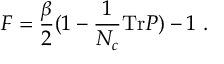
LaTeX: F = { \frac { \beta } { 2 } } ( 1 - { \frac { 1 } { N _ { c } } } \mathrm { T r } P ) - 1 \ .